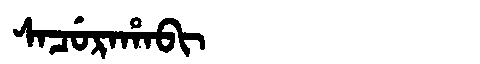
Manchu: ᠰᠠᠴᡠᡵᠠᡥᠠᠪᡳ
Romanization: SACURAHABI